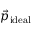
\vec { p } _ { \mathrm { i d e a l } }